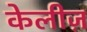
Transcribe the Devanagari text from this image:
केलीज़